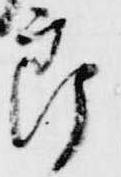
郎